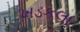
ખડકલા